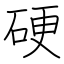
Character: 硬